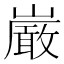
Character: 𫶝